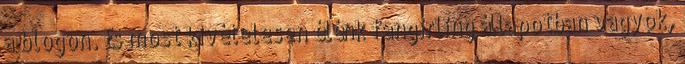
a blogon. És most kivételesen élénk fangirling állapotban vagyok,